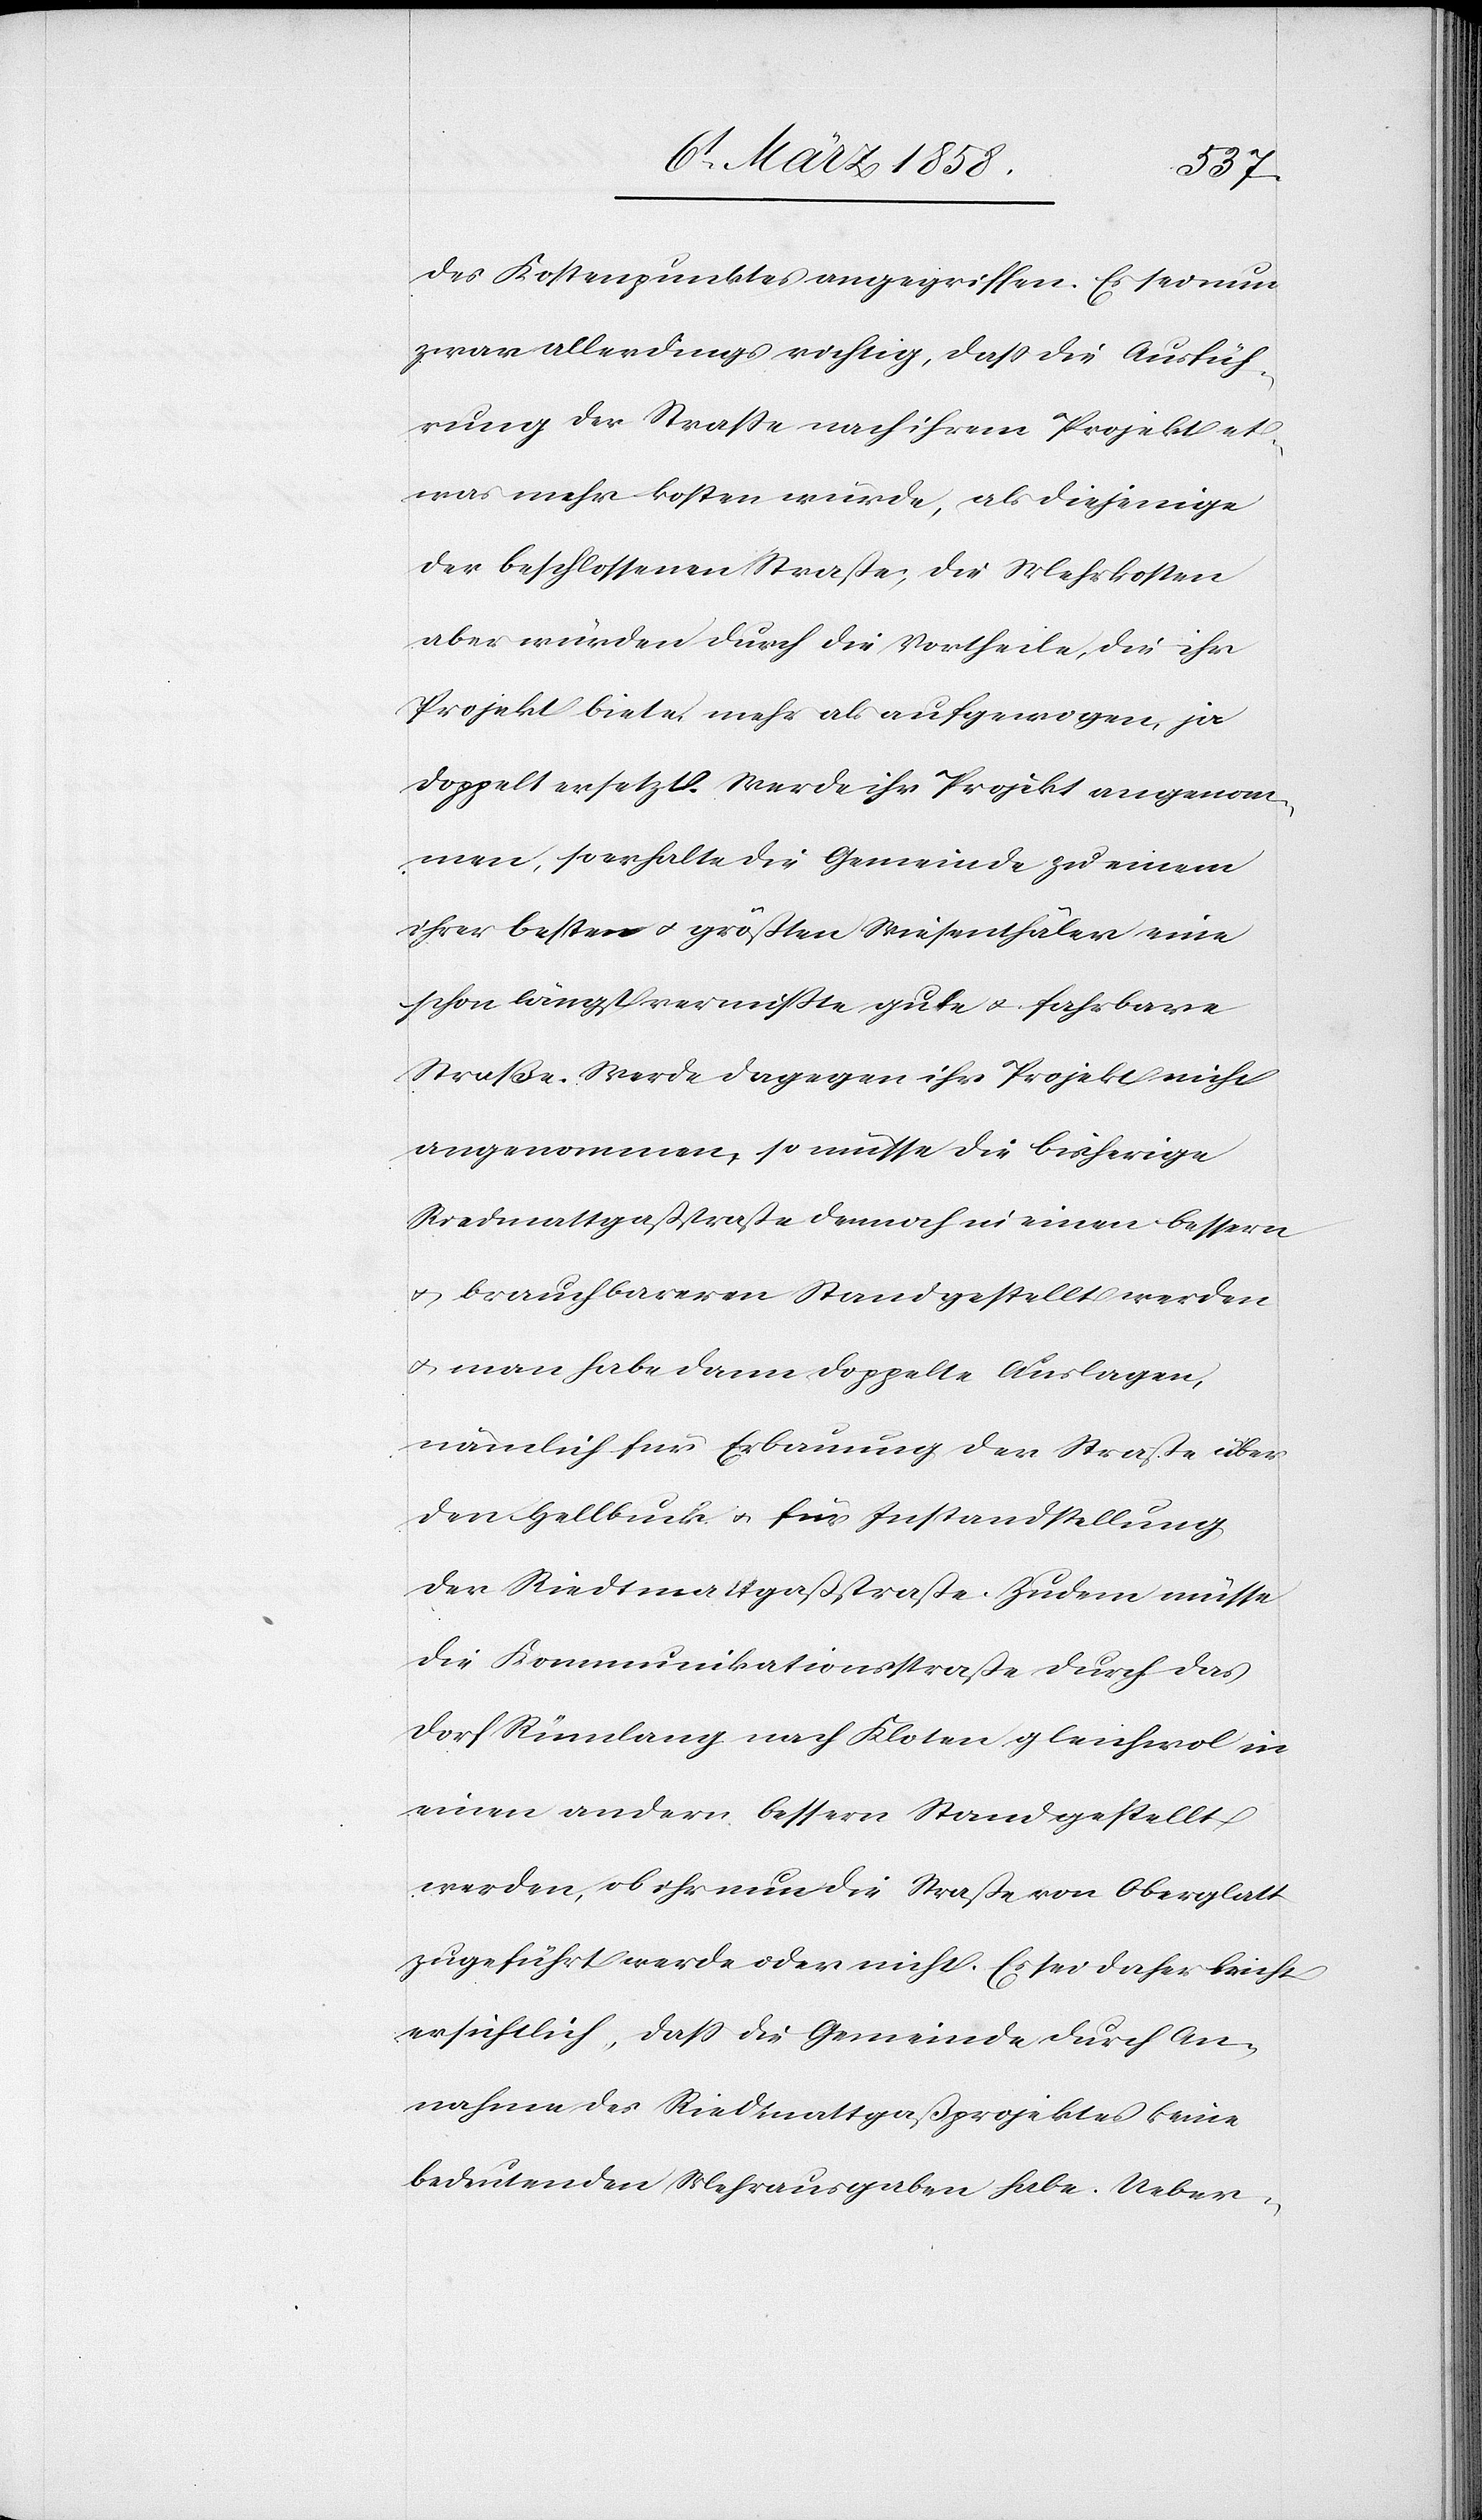
des Kostenpunktes angegriffen. Es sei nun
zwar allerdings richtig, daß die Ausfüh¬
rung der Straße nach ihrem Projekt et¬
was mehr kosten würde, als diejenige
der beschlossenen Straße, die Mehrkosten
aber würden durch die Vortheile, die ihr
Projekt biete, mehr als aufgewogen, ja
doppelt ersetzt. Werde ihr Projekt angenom¬
men, so erhalte die Gemeinde zu einem
ihrer besten u. größten Wiesenthäler eine
schon längst vermißte gute u. fahrbare
Straße. Werde dagegen ihr Projekt nicht
angenommen, so müsse die bisherige
Riedmattgaßstraße dennoch in einen bessern
u. brauchbarerer Stand gestellt werden
u. man habe dann doppelte Auslagen,
nämlich für Erbauung der Straße über
den Hellbuck u. für Instandstellung
der Riedtmattgaßstraße. Zudem müsse
die Kommunikationsstraße durch das
Dorf Rümlang nach Kloten gleichwol in
einen andern bessern Stand gestellt
werden, ob ihr nun die Straße von Oberglatt
zugeführt werde oder nicht. Es sei daher leicht
ersichtlich, daß die Gemeinde durch An¬
nahme des Riedtmattgaßprojektes keine
bedeutenden Mehrausgaben habe. Ueber-